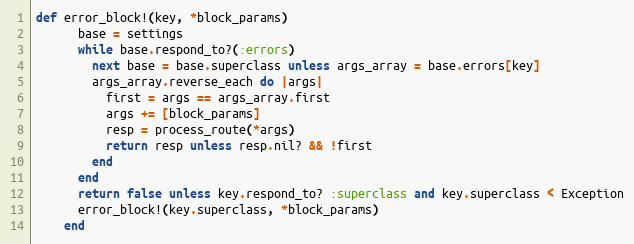
Language: Ruby
def error_block!(key, *block_params)
      base = settings
      while base.respond_to?(:errors)
        next base = base.superclass unless args_array = base.errors[key]
        args_array.reverse_each do |args|
          first = args == args_array.first
          args += [block_params]
          resp = process_route(*args)
          return resp unless resp.nil? && !first
        end
      end
      return false unless key.respond_to? :superclass and key.superclass < Exception
      error_block!(key.superclass, *block_params)
    end